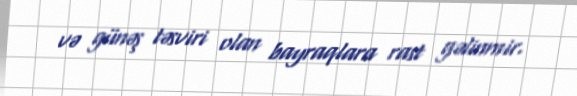
və günəş təsviri olan bayraqlara rast gəlinmir.